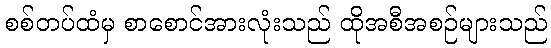
စစ်တပ်ထံမှ စာစောင်အားလုံးသည် ထိုအစီအစဉ်များသည်